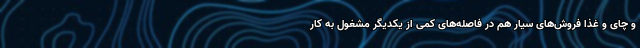
و چای و غذا فروش‌های سیار هم در فاصله‌های کمی از یکدیگر مشغول به کار